Annual report on the working of the mental hospitals in the Madras Presidency - 1912-1932
Year: 1912
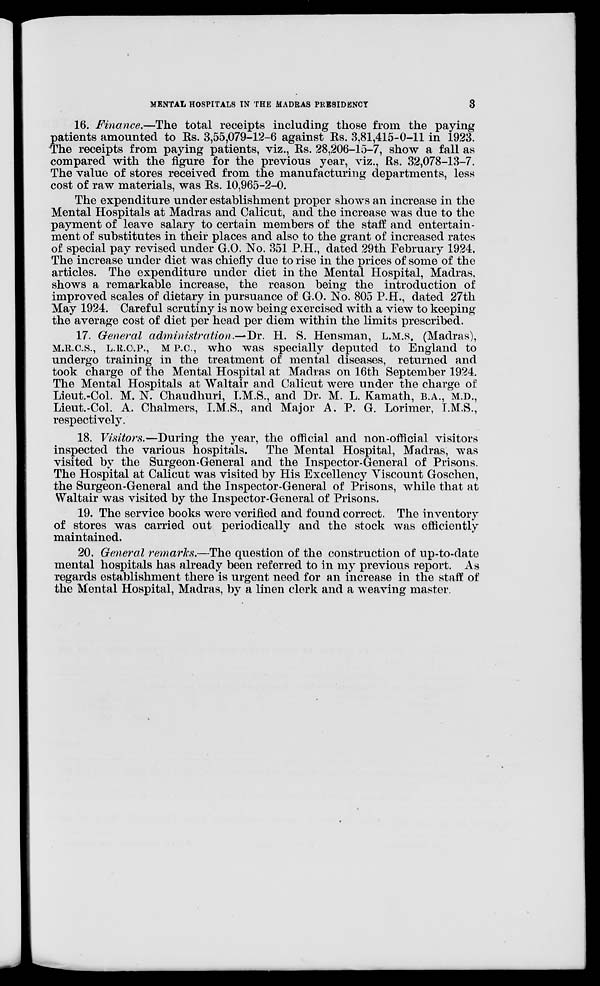
MENTAL HOSPITALS IN THE MADRAS PRESIDENCY
3
16. Finance.—The total receipts including those from the paying
patients amounted to Rs. 3,55,079-12-6 against Rs. 3,81,415-0-11 in 1923.
The receipts from paying patients, viz., Rs. 28,206-15-7, show a fall as
compared with the figure for the previous year, viz., Rs. 32,078-13-7.
The value of stores received from the manufacturing departments, less
cost of raw materials, was Rs. 10,965-2-0.
The expenditure under establishment proper shows an increase in the
Mental Hospitals at Madras and Calicut, and the increase was due to the
payment of leave salary to certain members of the staff and entertain-
ment of substitutes in their places and also to the grant of increased rates
of special pay revised under G.O. No. 351 P.H., dated 29th February 1924.
The increase under diet was chiefly due to rise in the prices of some of the
articles. The expenditure under diet in the Mental Hospital, Madras,
shows a remarkable increase, the reason being the introduction of
improved scales of dietary in pursuance of G.O. No. 805 P.H., dated 27th
May 1924. Careful scrutiny is now being exercised with a view to keeping
the average cost of diet per head per diem within the limits prescribed.
17. General administration.—Dr. H. S. Hensman, L.M.S. (Madras),
M.R.C.S., L.R.C.P., M P.C., who was specially deputed to England to
undergo training in the treatment of mental diseases, returned and
took charge of the Mental Hospital at Madras on 16th September 1924.
The Mental Hospitals at Waltair and Calicut were under the charge of
Lieut.-Col. M. N. Chaudhuri, I.M.S., and Dr. M. L. Kamath, B.A., M.D.,
Lieut.-Col. A. Chalmers, I.M.S., and Major A. P. G. Lorimer, I.M.S.,
respectively.
18. Visitors.—During the year, the official and non-official visitors
inspected the various hospitals. The Mental Hospital, Madras, was
visited by the Surgeon-General and the Inspector-General of Prisons.
The Hospital at Calicut was visited by His Excellency Viscount Goschen,
the Surgeon-General and the Inspector-General of Prisons, while that at
Waltair was visited by the Inspector-General of Prisons.
19. The service books were verified and found correct. The inventory
of stores was carried out periodically and the stock was efficiently
maintained.
20. General remarks.—The question of the construction of up-to-date
mental hospitals has already been referred to in my previous report. As
regards establishment there is urgent need for an increase in the staff of
the Mental Hospital, Madras, by a linen clerk and a weaving master.